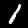
Digit: 1